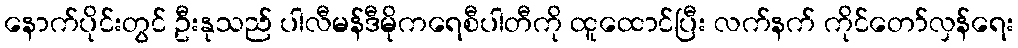
နောက်ပိုင်းတွင် ဦးနုသည် ပါလီမန်ဒီမိုကရေစီပါတီကို ထူထောင်ပြီး လက်နက် ကိုင်တော်လှန်ရေး